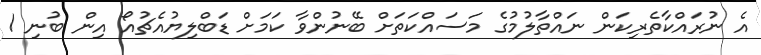
އެ ނުރައްކާތެރިކަން ނައްތާލުމުގެ މަސައްކަތަށް ބޭނުންވާ ކަމަށް ޑަބްލިޔުއެޗުއޯ އިން ބުނި 1